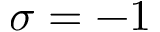
\sigma = - 1